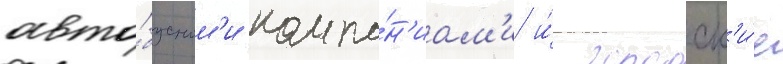
авто́бусным'и компа́н'иам'и и́ городск'и́е